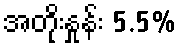
အတိုးနှုန်း 5.5%